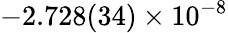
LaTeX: -2.728(34)\times 10^{-8}